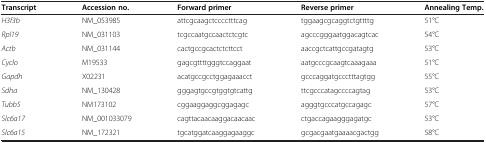
| Transcript | Accession no. | Forward primer | Reverse primer | Annealing Temp. |
 | --- | --- | --- | --- | --- |
 | H3f3b | NM_053985 | attcgcaagctcccctttcag | tggaagcgcaggtctgttttg | 51°C |
 | Rpl19 | NM_031103 | tcgccaatgccaactctcgtc | agcccgggaatggacagtcac | 54°C |
 | Actb | NM_031144 | cactgccgcactctcttcct | aaccgctcattgccgatagtg | 53°C |
 | Cyclo | M19533 | gagcgttttgggtccaggaat | aatgcccgcaagtcaaagaaa | 51°C |
 | Gapdh | X02231 | acatgccgcctggagaaacct | gcccaggatgccctttagtgg | 55°C |
 | Sdha | NM_130428 | gggagtgccgtggtgtcattg | ttcgcccatagccccagtag | 53°C |
 | Tubb5 | NM173102 | cggaaggaggcggagagc | agggtgcccatgccagagc | 57°C |
 | Slc6a17 | NM_001033079 | cagttacaacaaggacaacaac | ctgaccagaagggagatgc | 53°C |
 | Slc6a15 | NM_172321 | tgcatggatcaaggagaaggc | gcgacgaatgaaaacgactgg | 58°C |